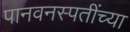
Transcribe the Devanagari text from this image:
पानवनस्पतींच्या